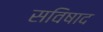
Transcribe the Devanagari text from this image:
सविषाद